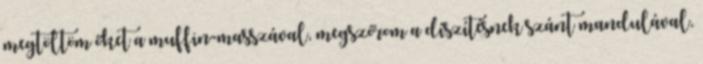
megtöltöm őket a muffin-masszával, megszórom a díszítésnek szánt mandulával,